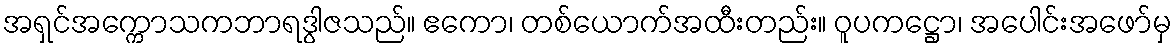
အရှင်အက္ကောသကဘာရဒွါဇသည်။ ဧကော၊ တစ်ယောက်အထီးတည်း။ ဝူပကဋ္ဌော၊ အပေါင်းအဖော်မှ